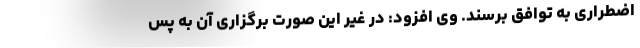
اضطراری به توافق برسند. وی افزود: در غیر این صورت برگزاری آن به پس